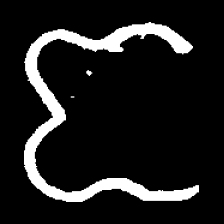
Pyu character \u2014 Myanmar letter: ဇ (romanized: ja)